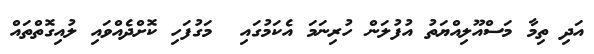
އަދި ތިމާ މަސްއޫލިއްޔަތު އުފުލަން ހުރިނަމަ އެކަމުގައި  މަގުފަހި ކޮށްދެއްވައި ލުއިގޮތްތައް